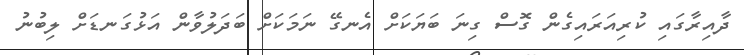
ދާއިރާގައި ކުރިއަރައިގެން ގޮސް ގިނަ ބަޔަކަށް އެނގޭ ނަމަކަށް ބަދަލުވާން އަޅުގަނޑަށް ލިބުނު